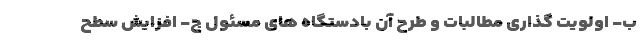
ب- اولویت گذاری مطالبات و طرح آن بادستگاه های مسئول ج- افزایش سطح